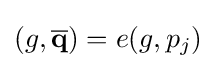
(g,{\overline {\mathbf {q} }})=e(g,p_{j})